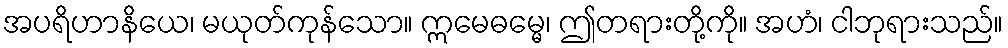
အပရိဟာနိယေ၊ မယုတ်ကုန်သော။ ဣမေဓမ္မေ၊ ဤတရားတို့ကို။ အဟံ၊ ငါဘုရားသည်။